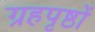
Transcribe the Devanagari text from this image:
ग्रहपृष्ठों